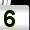
Digit: 5